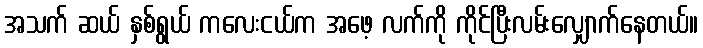
အသက် ဆယ် နှစ်ရွယ် ကလေးငယ်က အဖေ့ လက်ကို ကိုင်ပြီးလမ်းလျှောက်နေတယ်။